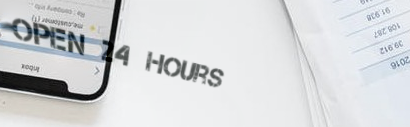
Open 24 Hours